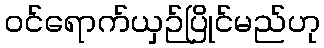
ဝင်ရောက်ယှဉ်ပြိုင်မည်ဟု